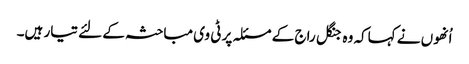
اُنھوں نے کہاکہ وہ جنگل راج کے مسئلہ پر ٹی وی مباحثہ کے لئے تیار ہیں۔